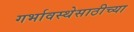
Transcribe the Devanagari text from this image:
गर्भावस्थेसाठीच्या